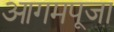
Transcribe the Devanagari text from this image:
आगमपूजा